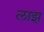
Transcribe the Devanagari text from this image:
लाझ